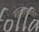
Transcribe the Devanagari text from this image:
मोल्दोव्हाची